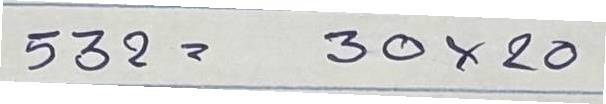
532 = 30x20